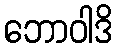
ဘောဝါဒိ